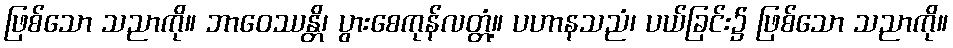
ဖြစ်သော သညာကို။ ဘာဝေဿန္တိ၊ ပွားစေကုန်လတ္တံ့။ ပဟာနသညံ၊ ပယ်ခြင်း၌ ဖြစ်သော သညာကို။